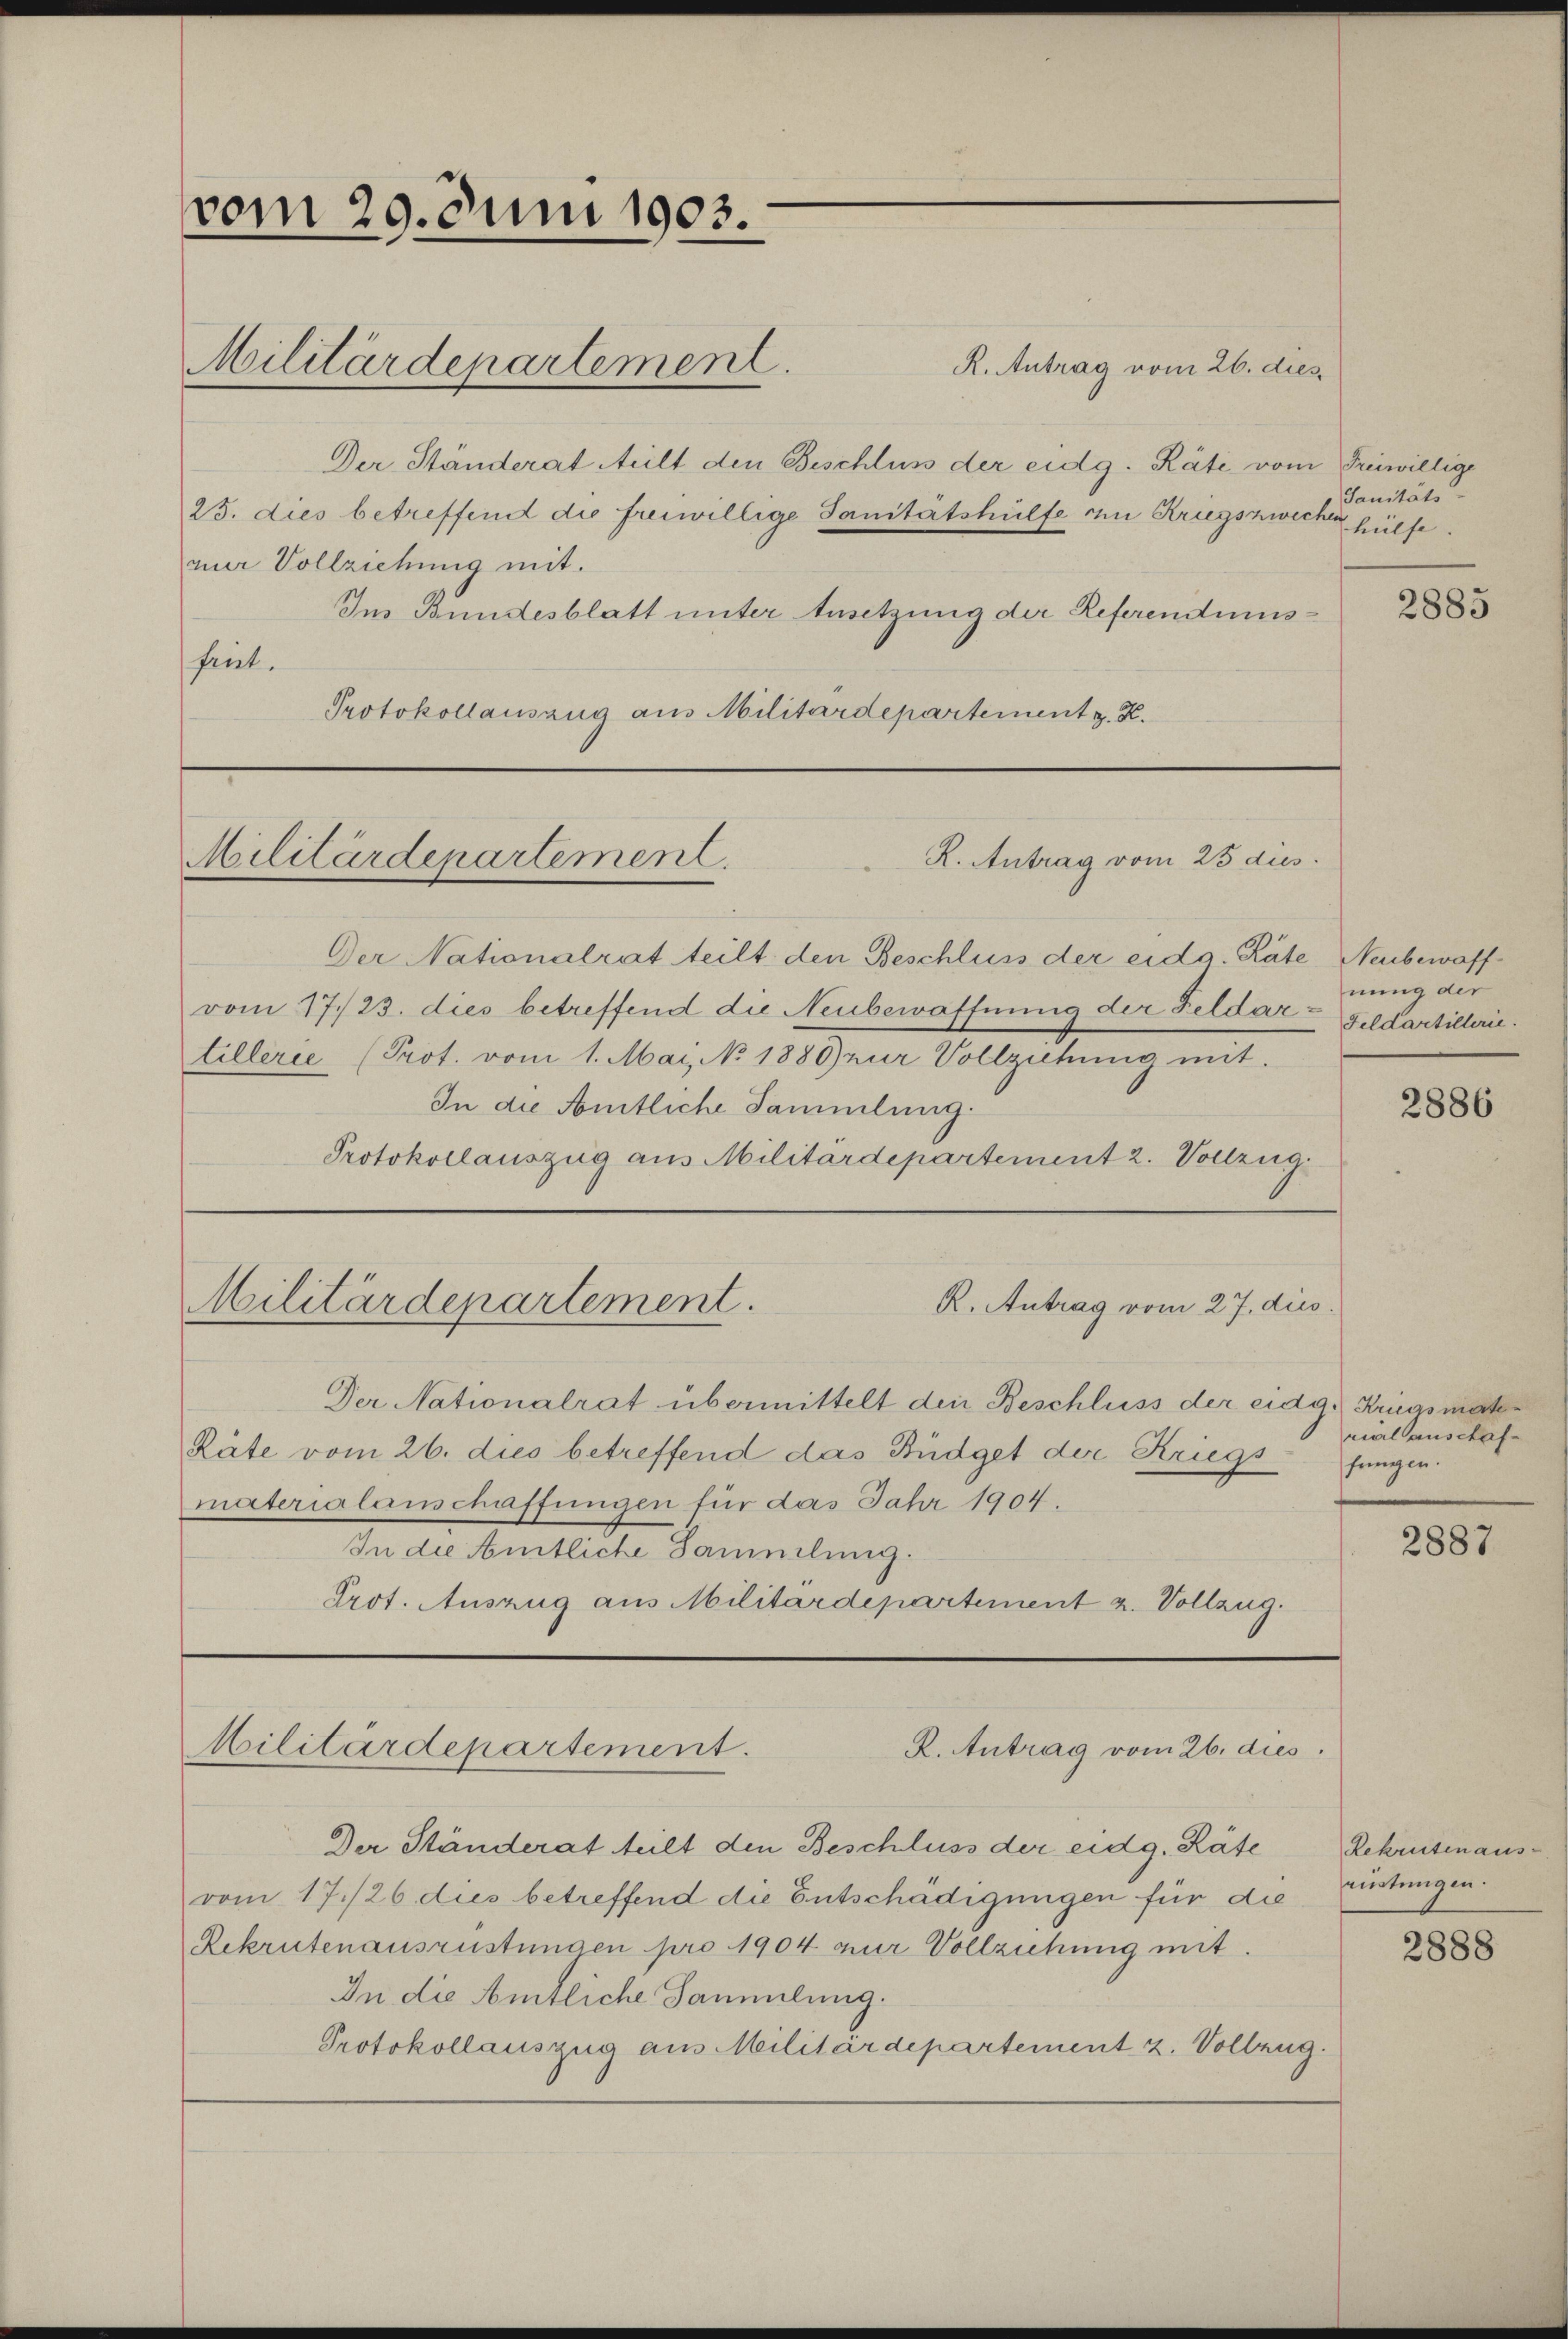
vom 29. Juni 1903.

R. Antrag vom 26. die
Der Ständerat Meilt den Beschluss der eidg. Räte vom Freiwillige
25. dies betreffend die freiwillige Sanitätshülfe in Kriegszwecken
nur Vollziehung mit.
Im Bundesblatt unter Ansetzung der Referendumshent.
Protokollauszug aus Militärdepartement z. Z.

Militärdepartement.

R. Antrag vom 25 dus.
Militärdepartement.

Militärdepartement.
R. Antrag vom 26. dies

Sanitäts-
hülfe.

Der Nationalrat teilt den Beschluss der eidg. Räte, Neubewaffvom 17./23. dies betreffend die Neubewaffnung der Feldar-Feldartillerietillerie (Prot. vom 1. Mai, No 1889 zur Vollziehŭng mit.
In die Amtliche Sammlung.
Protokollauszug aus Militärdepartement 2. Vollzug
R. Antrag vom 27. dies
Militärdepartement.
Der Nationalrat übermittelt den Beschluss der eidg. Kriegsmah¬
Räte vom 26. dies betreffend das Büdget der Kriegs
materialanschaffungen für das Jahr 1904.
In die Amtliche Sammlung.
Prot. Auszug aus Militärdepartement z. Vollzug.

Der Ständerat teilt den Beschluss der eidg. Räte
vom 17./26. dies betreffend die Entschädigungen für die
Rekrutenausrüstungen pro 1904 zur Vollziehung mit.
In die Amtliche Sammlung.
Protokollauszug aus Militärdepartement 2. Vollzug.

2885

nung der

2886

rial auschaffungen.

2887

Rekrutenaus-
rüstungen.

2888